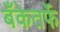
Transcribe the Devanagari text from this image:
बँकेतर्फे